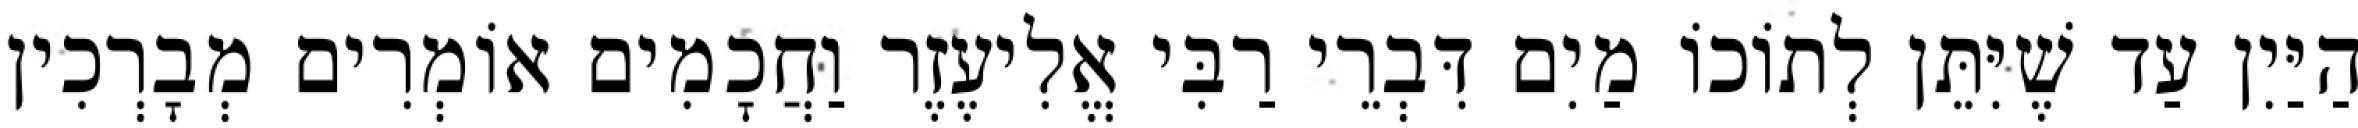
הַיַּיִן עַד שֶׁיִּתֵּן לְתוֹכוֹ מַיִם דִּבְרֵי רַבִּי אֱלִיעֶזֶר וַחֲכָמִים אוֹמְרִים מְבָרְכִין